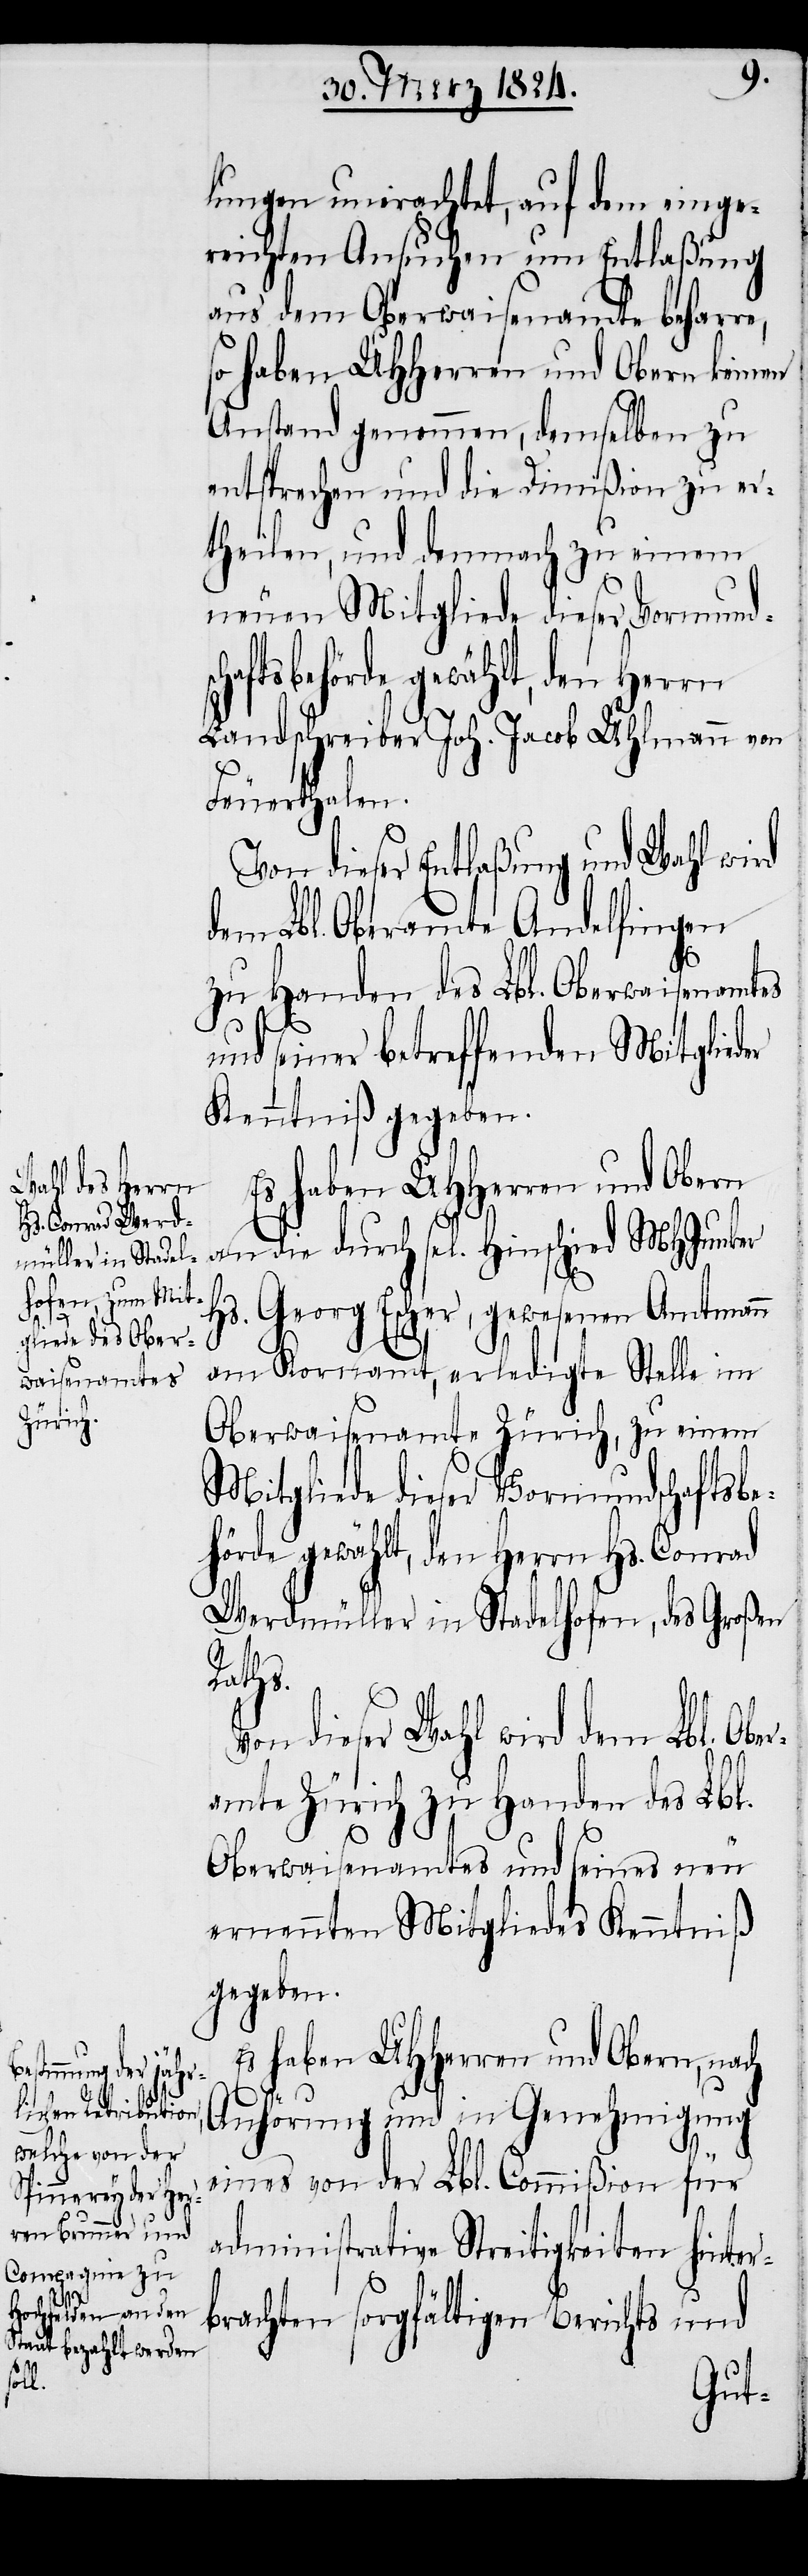
lungen unerachtet, auf dem einge¬
reichten Ansuchen um Entlaßung
aus dem Oberwaisenamte beharre,
so haben UHHerren und Obern keinen
Anstand genommen, demselben zu
entsprechen und die Dimißion zu er¬
theilen, und demnach zu einem
neuen Mitgliede dieser Vormund¬
ftsbehörde gewählt, den Herrn
Landschreiber Joh. Jacob Uhlmann von
Feuerthalen.
Von dieser Entlaßung und Wahl wird
dem Lbl. Oberamte Andelfingen
zu Handen des Lbl. Oberwaisenamtes
und seiner betreffenden Mitglied¬
Kenntniß gegeben.
Es haben UHHerren und Obern
an die durch sel. Hinschied MHJunker
Georg Escher, gewesene Amtmann
Hs.
am Kornamt, erledigte Stelle im
Oberwaisenamte Zürich, zu einem
Mitgliede dieser Vormundschaftsbe¬
hörde gewählt, den Herrn Hs. Conrad
Werdmüller in Stadelhofen, des Großen
Raths.
Von dieser Wahl wird dem Lbl. Ober¬
amte Zürich zu Handen des Lbl.
Oberwaisenamtes und seines neu¬
ernannten Mitgliedes Kenntniß
gegeben.
Es haben UHHerren und Obern, nach
Anhörung und in Genehmigung
eines von der Lbl. Commißion für
administrative Streitigkeiten hinter¬
brachten sorgfältigen Berichts und